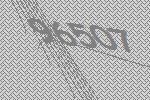
96507